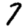
Digit: 7